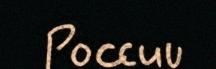
Poccuu